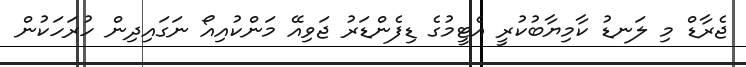
ޖެރާޑް މި ލަނޑު ކާމިޔާބުކުރީ އެޓީމުގެ ޑިފެންޑަރު ޖަވިއޭ މަންކުއިއޯ ނަގައިދިން ހުރަހަކުން